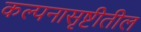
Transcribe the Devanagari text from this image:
कल्पनासृष्टीतील